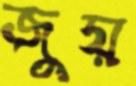
জুয়